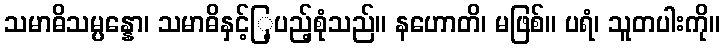
သမာဓိသမ္ပန္နော၊ သမာဓိနှင့်ြ့ပည့်စုံသည်။ နဟောတိ၊ မဖြစ်။ ပရံ၊ သူတပါးကို။